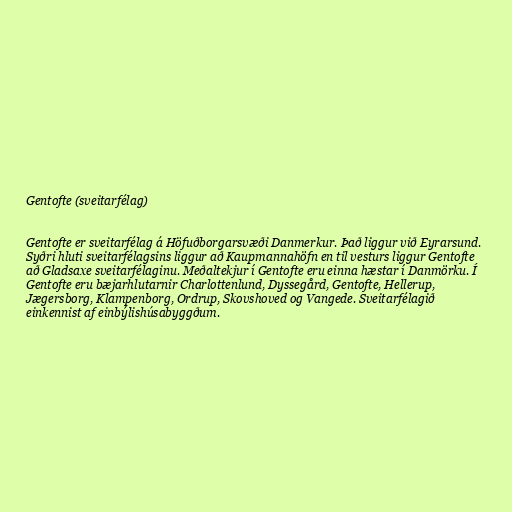
Gentofte (sveitarfélag)

Gentofte er sveitarfélag á Höfuðborgarsvæði Danmerkur. Það liggur við Eyrarsund.
Syðri hluti sveitarfélagsins liggur að Kaupmannahöfn en til vesturs liggur Gentofte
að Gladsaxe sveitarfélaginu. Meðaltekjur í Gentofte eru einna hæstar í Danmörku. Í
Gentofte eru bæjarhlutarnir Charlottenlund, Dyssegård, Gentofte, Hellerup,
Jægersborg, Klampenborg, Ordrup, Skovshoved og Vangede. Sveitarfélagið
einkennist af einbýlishúsabyggðum.